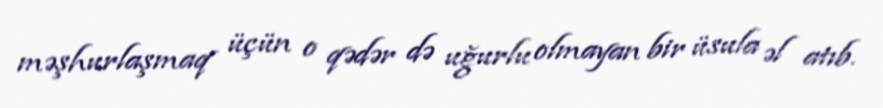
məşhurlaşmaq üçün o qədər də uğurlu olmayan bir üsula əl atıb.